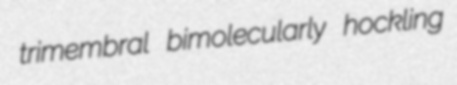
trimembral bimolecularly hockling